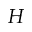
H